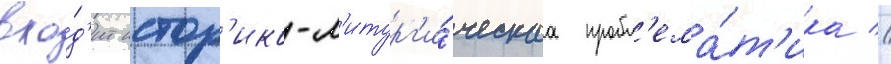
вхо́д'ит истор'ико-л'итург'и́ческаа пробл'ема́т'ика //